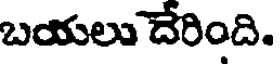
బయలు దేరింది.